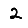
Digit: 2